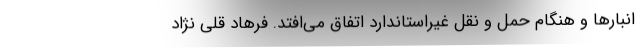
انبارها و هنگام حمل و نقل غیراستاندارد اتفاق می‌افتد. فرهاد قلی نژاد